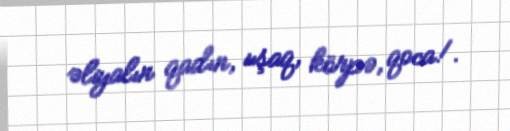
əliyalın qadın, uşaq, körpə, qoca!.